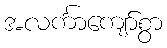
အလင်္ကာကျော်စွာ